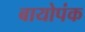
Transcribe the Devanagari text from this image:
बायोपंक